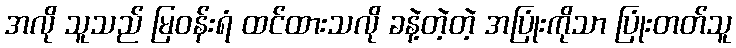
အလို သူသည် မြဝန်းရံ ထင်ထားသလို ခနဲ့တဲ့တဲ့ အပြုံးကိုသာ ပြုံးတတ်သူ